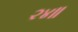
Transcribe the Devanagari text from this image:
२४॥